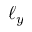
\ell _ { y }